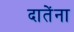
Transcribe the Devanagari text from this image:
दातेंना